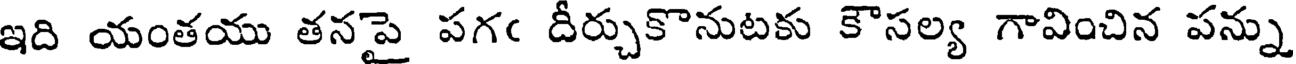
ఇది యంతయు తనపై పగఁ దీర్చుకొనుటకు కౌసల్య గావించిన పన్ను